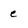
Character: e